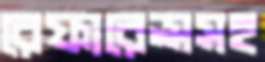
রেফারেন্সসহ